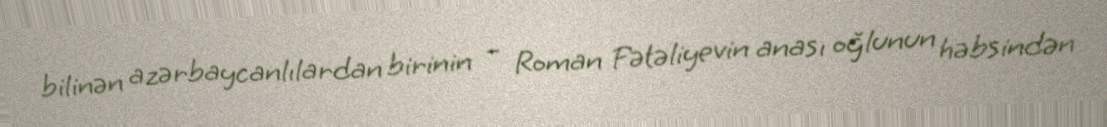
bilinən azərbaycanlılardan birinin – Roman Fətəliyevin anası oğlunun həbsindən